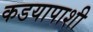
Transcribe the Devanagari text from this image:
कडयापाशी